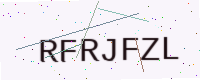
Text: RFRJFZL